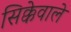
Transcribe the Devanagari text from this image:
सिक्केवाले